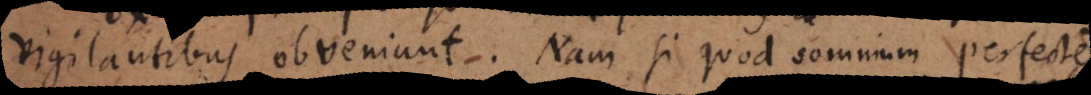
vigilantibus obveniunt. Nam si quod somnium perfecte